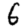
Digit: 6